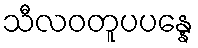
သီလဝတူပပန္နေ